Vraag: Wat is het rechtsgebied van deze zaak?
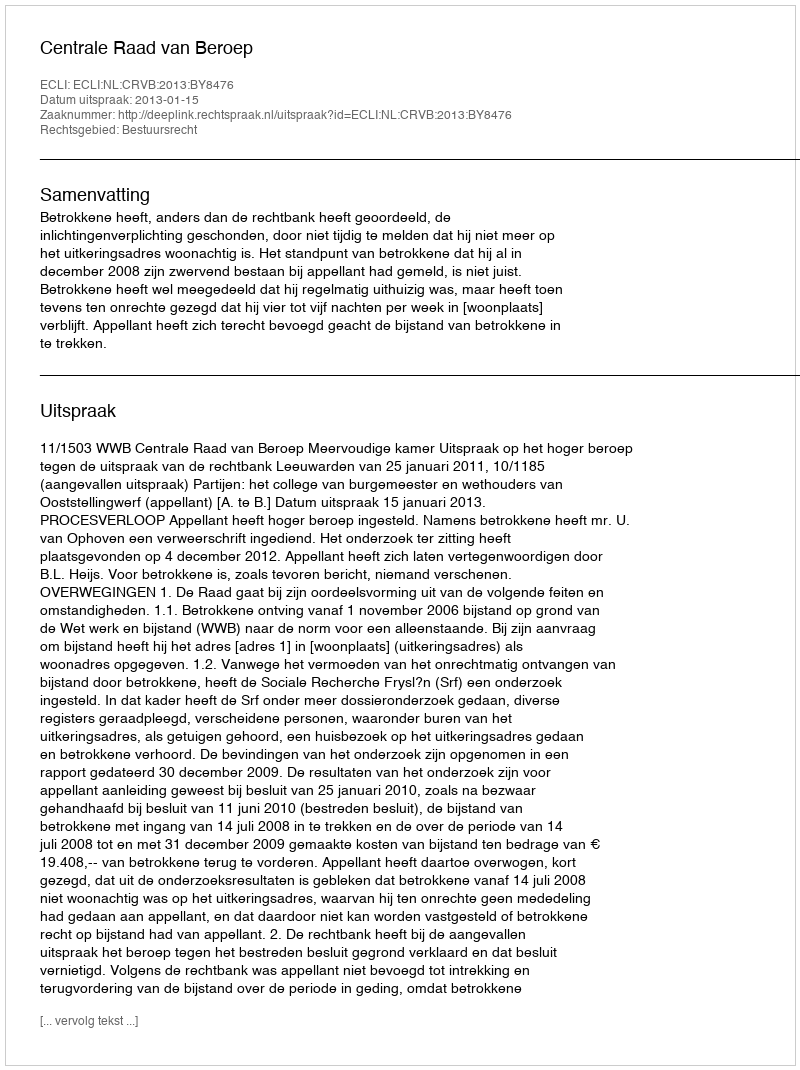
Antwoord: Bestuursrecht